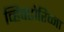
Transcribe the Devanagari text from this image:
व्हिक्टोरिव्ना